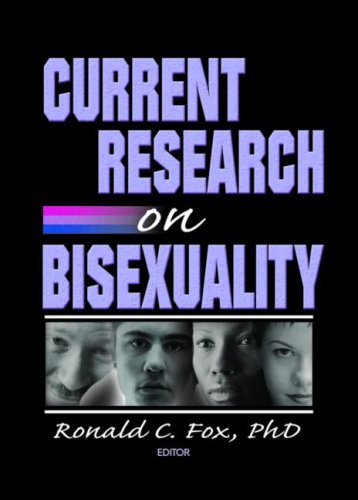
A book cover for Current Research on Bisexuality; Ronald Fox; Gay & Lesbian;